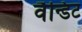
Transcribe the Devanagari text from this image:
वैन्डिट